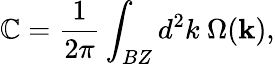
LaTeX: \mathbb{C}=\frac{{1}}{{2\pi}}\int_{BZ}d^{2}k~\Omega(\textbf{{k}}),